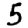
Digit: 5